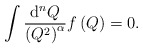
\begin{align*}\int\frac{{\rm d}^n Q}{\left(Q^2\right)^\alpha} f\left(Q\right)=0 .\end{align*}